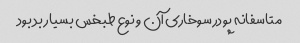
متاسفانه پودر سوخاری آن و نوع طبخس بسیار بد بود